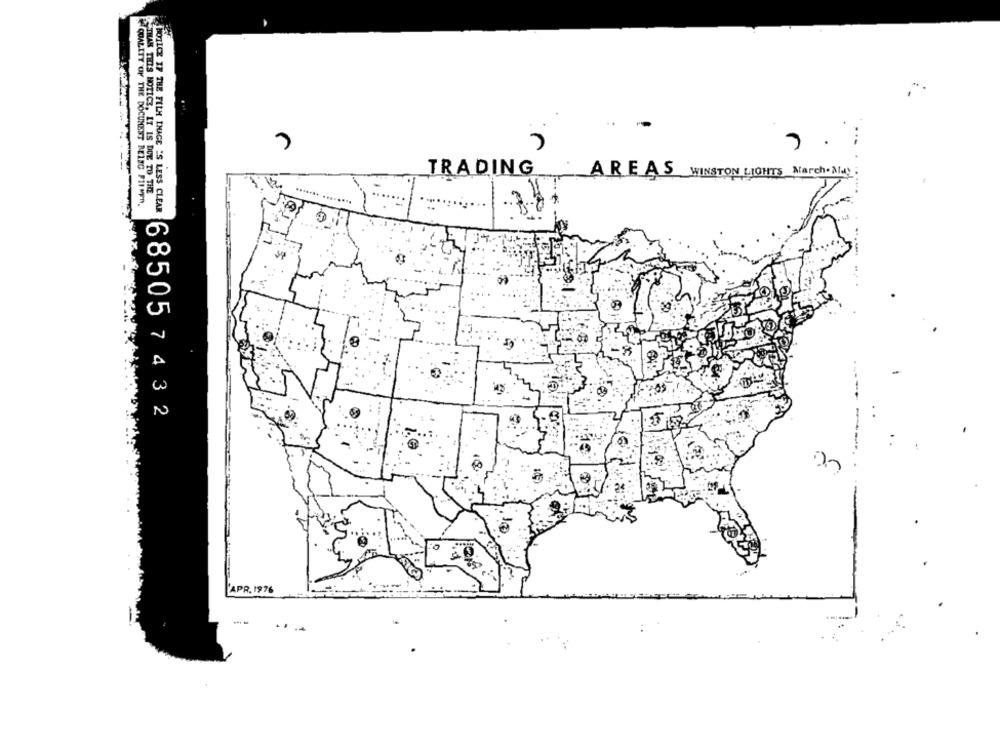
TRADING
AREAS WINSTON LIGHTS March.May.
THAN THIS NOTICE, IT IS DUE TO THE
QUALITY OF THE DOCUMENT BEING FILMER.
POLICE IF THE FILM INAGE IS LESS CLEAR
685057432
APR. 1976